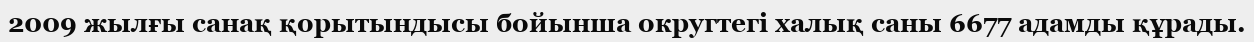
2009 жылғы санақ қорытындысы бойынша округтегі халық саны 6677 адамды құрады.